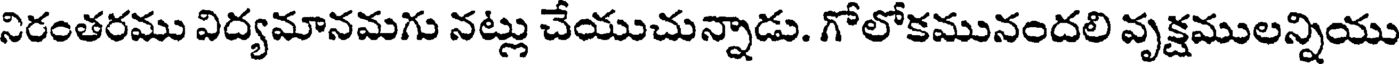
నిరంతరము విద్యమానమగు నట్లు చేయుచున్నాడు. గోలోకమునందలి వృక్షములన్నియు